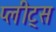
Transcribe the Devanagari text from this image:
प्लीट्स